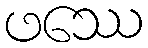
ဖဿေ